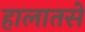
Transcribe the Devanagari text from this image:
हालातसे